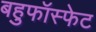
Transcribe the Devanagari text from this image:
बहुफॉस्फेट